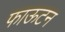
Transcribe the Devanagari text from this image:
फाऊटन